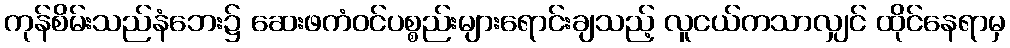
ကုန်စိမ်းသည်နံဘေး၌ ဆေးဖကံဝင်ပစ္စည်းများရောင်းချသည့် လူငယ်ကသာလျှင် ထိုင်နေရာမှ